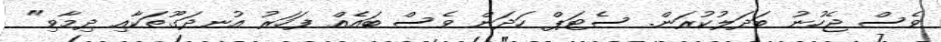
ވެސް ޖެހުނު ބަދަލުކުރަން. ސެޓަޕް ހަދަން ވެސް ބައެއް ފަހަރު އުނދަގޫތަކާއި ދިމާވި"